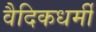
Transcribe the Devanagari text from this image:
वैदिकधर्मी